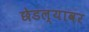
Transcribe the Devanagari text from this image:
छेडल्यावर